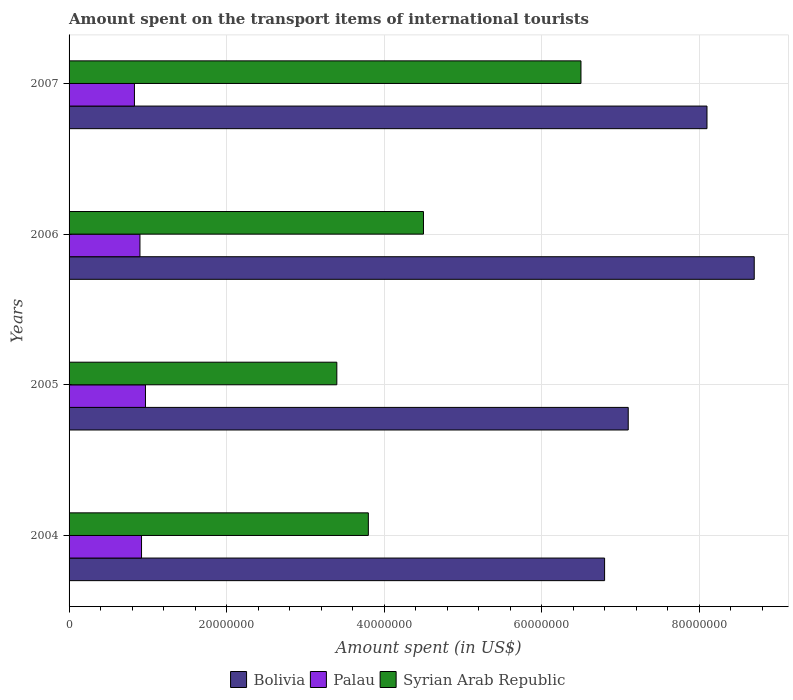
| Years | Bolivia | Palau | Syrian Arab Republic |
 | --- | --- | --- | --- |
 | 2004 | 6.8e+07 | 9.2e+06 | 3.8e+07 |
 | 2005 | 7.1e+07 | 9.7e+06 | 3.4e+07 |
 | 2006 | 8.7e+07 | 9e+06 | 4.5e+07 |
 | 2007 | 8.1e+07 | 8.3e+06 | 6.5e+07 |